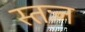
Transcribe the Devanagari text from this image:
स्तःन